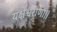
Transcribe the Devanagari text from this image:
यक्षेश्वराणां।।